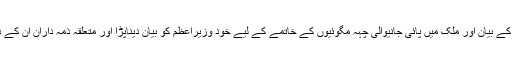
چوہدری نثار علی خان کے بیان اور ملک میں پائی جانیوالی چہہ مگوئیوں کے خاتمے کے لیے خود وزیراعظم کو بیان دیناپڑا اور متعلقہ ذمہ داران اُن کے دائیں بائیں موجودرہے ۔